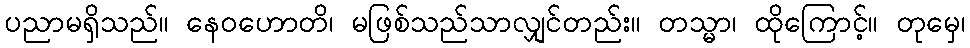
ပညာမရှိသည်။ နေဝဟောတိ၊ မဖြစ်သည်သာလျှင်တည်း။ တသ္မာ၊ ထိုကြောင့်။ တုမှေ၊